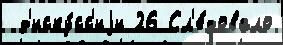
 д'иску́сс'иjи 26 Сл'е́довало